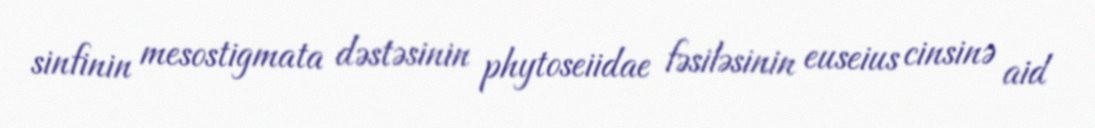
sinfinin mesostigmata dəstəsinin phytoseiidae fəsiləsinin euseius cinsinə aid